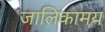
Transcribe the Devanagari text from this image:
जालिकामय